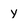
Character: y